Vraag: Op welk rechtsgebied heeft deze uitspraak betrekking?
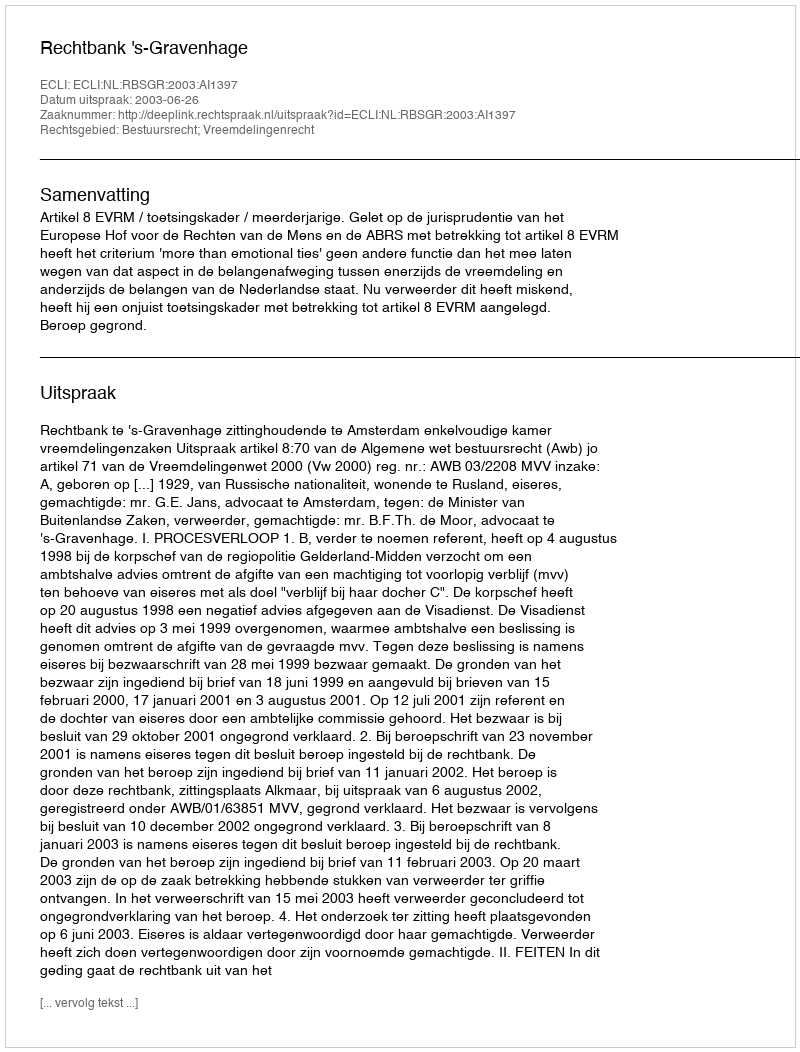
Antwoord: Bestuursrecht; Vreemdelingenrecht